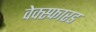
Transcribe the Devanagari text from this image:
वेक्स्फारड